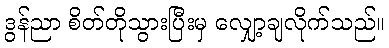
ဒွန်ညာ စိတ်တိုသွားပြီးမှ လျှော့ချလိုက်သည်။